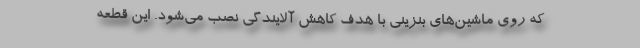
که روی ماشین‌های بنزینی با هدف کاهش آلایندگی نصب می‌شود. این قطعه